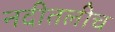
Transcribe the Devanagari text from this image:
नदीतलीच